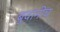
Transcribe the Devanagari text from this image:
बुवांनीच